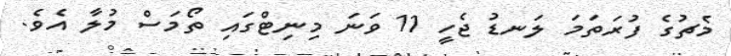
މެޗުގެ ފުރަތަމަ ލަނޑު ޖެހީ 11 ވަނަ މިނިޓްގައި ތޯމަސް މުލާ އެވެ.